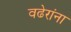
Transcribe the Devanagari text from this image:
वढेरांना